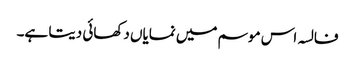
فالسہ اس موسم میں نمایاں دکھائی دیتا ہے۔